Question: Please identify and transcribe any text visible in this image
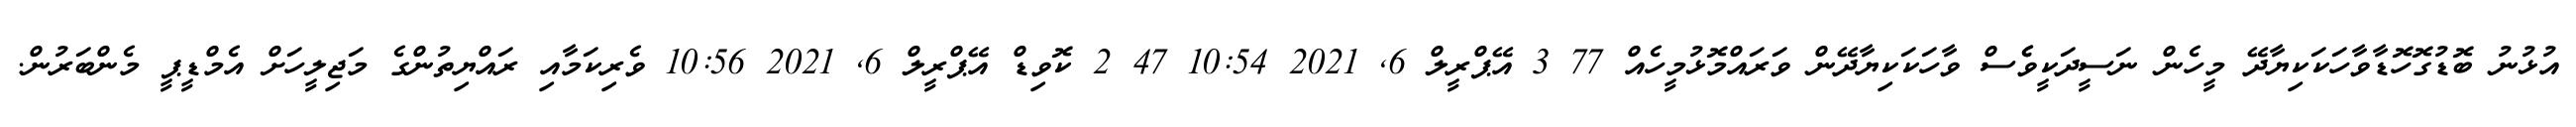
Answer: އުޅުނު ބޮޑުގޮހޮޑާވާހަކަކިޔާދޭ މީހެން ނަސީދަކީވެެސް ވާހަކަކިޔާދޭން ވަރައްމޮޅުމީހެއް 77 3 އޭޕްރީލް 6, 2021 10:54 47 2 ކޮވިޑް އޭޕްރީލް 6, 2021 10:56 ވެރިކަމާއި ރައްޔިތުންގެ މަޖިލީހަށް އެމްޑީޕީ މެންބަރުން.